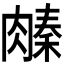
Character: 𬛌